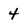
Character: 4